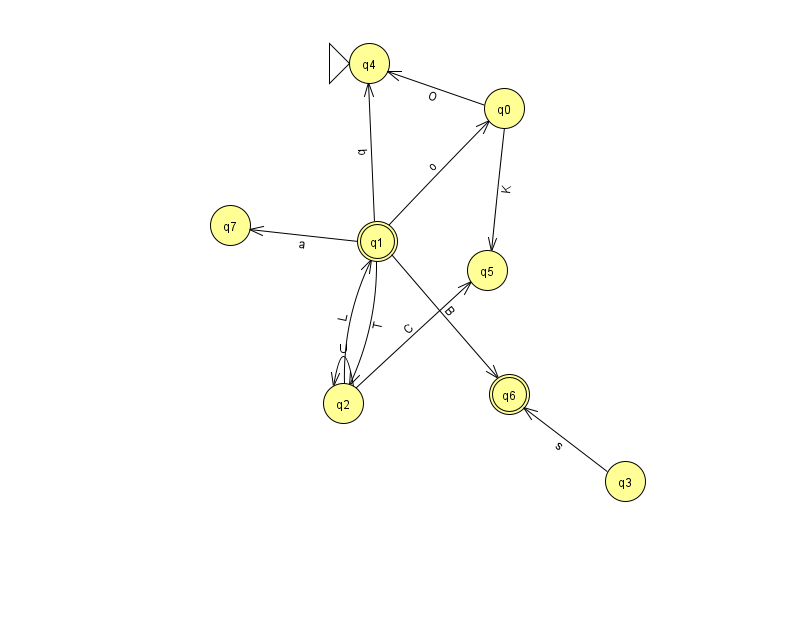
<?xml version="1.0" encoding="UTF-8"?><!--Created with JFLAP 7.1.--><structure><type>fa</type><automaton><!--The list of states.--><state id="0" name="q0"><x>504.0</x><y>95.0</y></state><state id="1" name="q1"><x>377.0</x><y>228.0</y><final/></state><state id="2" name="q2"><x>343.0</x><y>390.0</y></state><state id="3" name="q3"><x>625.0</x><y>468.0</y></state><state id="4" name="q4"><x>369.0</x><y>50.0</y><initial/></state><state id="5" name="q5"><x>487.0</x><y>257.0</y></state><state id="6" name="q6"><x>509.0</x><y>381.0</y><final/></state><state id="7" name="q7"><x>230.0</x><y>212.0</y></state><!--The list of transitions.--><transition><from>3</from><to>6</to><read>s</read></transition><transition><from>2</from><to>5</to><read>C</read></transition><transition><from>1</from><to>4</to><read>b</read></transition><transition><from>1</from><to>7</to><read>a</read></transition><transition><from>1</from><to>2</to><read>T</read></transition><transition><from>2</from><to>2</to><read>U</read></transition><transition><from>0</from><to>5</to><read>K</read></transition><transition><from>0</from><to>4</to><read>O</read></transition><transition><from>1</from><to>0</to><read>o</read></transition><transition><from>2</from><to>1</to><read>L</read></transition><transition><from>1</from><to>6</to><read>B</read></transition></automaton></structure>